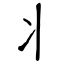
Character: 丬